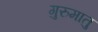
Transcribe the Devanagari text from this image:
गुरुमातु